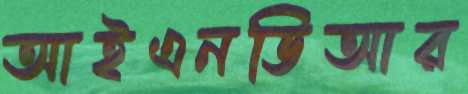
আইএনডিআর